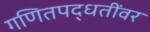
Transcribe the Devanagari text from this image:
गणितपद्धतींवर